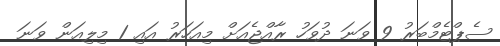
ސެޕްޓެމްބަރު 9 ވަނަ ދުވަހު ރާއްޖެއަށް މިއަހަރު އައި 1 މިލިއަން ވަނަ